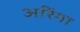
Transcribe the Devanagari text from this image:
अर्रिगा